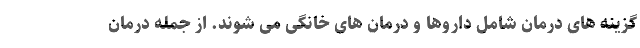
گزینه های درمان شامل داروها و درمان های خانگی می شوند. از جمله درمان